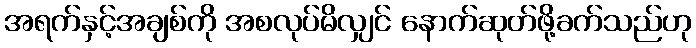
အရက်နှင့်အချစ်ကို အစလုပ်မိလျှင် နောက်ဆုတ်ဖို့ခက်သည်ဟု